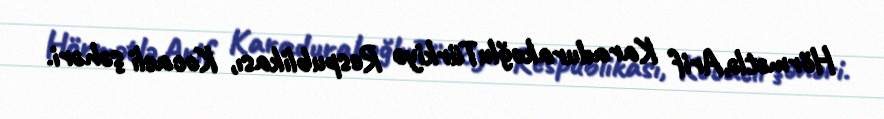
Hörmətlə,Arif KaradurakoğluTürkiyə Respublikası, Kocaeli şəhəri.